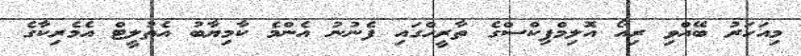
މިއަހަރު ބޭއްވި ރިއޯ އޮލިމްޕިކްސްގެ ތާރީހްގައި ފެނުނު އެންމެ ކާމިޔާބު އެތުލީޓް އެމެރިކާގެ